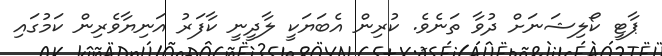
ޕާޓީ ކޯލިޝަނަށް ދުވާ ތަނެވެ. ކުރިން އެބަޔަކީ ލާދީނީ ކާފަރު އަނިޔާވެރިން ކަމުގައި